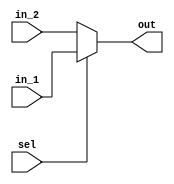
module  mux_2_1
(
    input   wire        [0:0]   in_1,
    input   wire                in_2,
    input   wire                sel ,    //
    output  reg                 out     //alwaysreg
);

//always@(in_1, in_2, sel)
always@(*)
    if(sel == 1'b1)
        begin//bengin end{}
        out = in_1;
        end
    else
        begin
        out = in_2;
        end

/*
//out:
always@(*)
    case(sel)
        1'b1    : out = in1;

        1'b0    : out = in2;

        default : out = in1;    //seldefaultsel,,default
    endcase
*/

/*
out:
assign out = (sel == 1'b1) ? in1 : in2; //,,"?,:
*/


endmodule